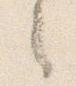
之